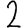
Digit: 2